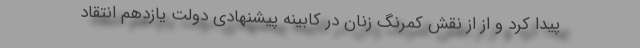
پیدا کرد و از از نقش کمرنگ زنان در کابینهٔ پیشنهادی دولت یازدهم انتقاد